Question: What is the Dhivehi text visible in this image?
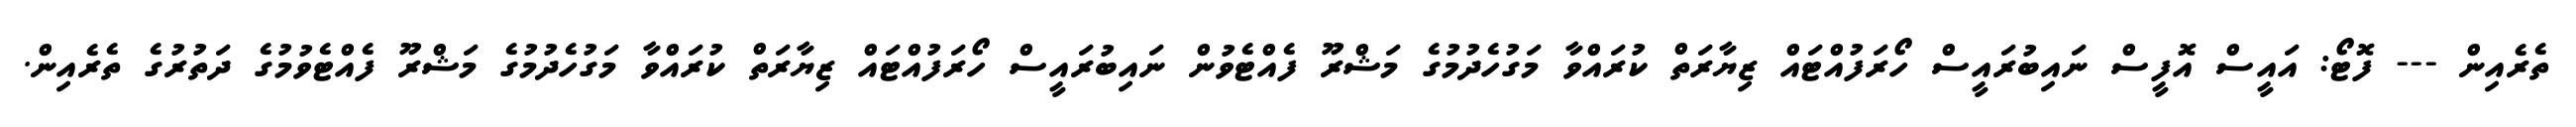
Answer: ތެރެއިން --- ފޮޓޯ: އައީސް އޮފީސް ނައިބުރައީސް ހޯރަފުއްޓައް ޒިޔާރަތް ކުރައްވާ މަގުހެދުމުގެ މަޝްރޫ ފެއްޓެވުން ނައިބުރައީސް ހޯރަފުއްޓައް ޒިޔާރަތް ކުރައްވާ މަގުހެދުމުގެ މަޝްރޫ ފެއްޓެވުމުގެ ދަތުރުގެ ތެރެއިން.